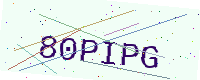
Text: 80PIPG